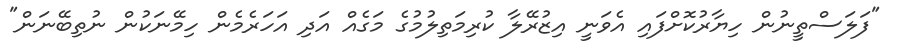
"ފަލަސްތީނުން ހިޔާރުކޮށްފައި އެވަނީ އިޒުރޭލާ ކުރިމަތިލުމުގެ މަގެއް އަދި އަހަރެމެން ހިމޭނަކުން ނުތިބޭނަން"